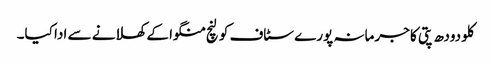
کلو دودھ پتی کا جرمانہ پورے سٹاف کو لنچ منگوا کے کھلانے سے ادا کیا۔